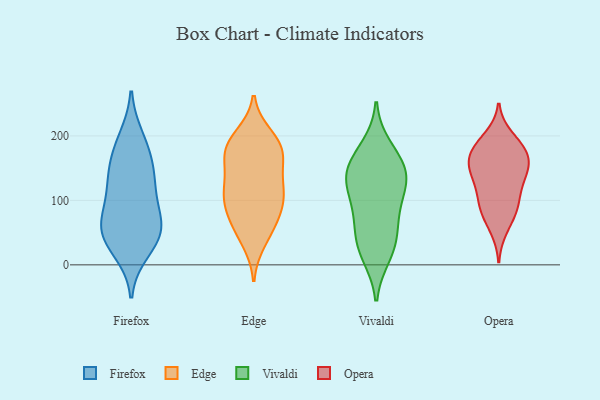
{"axis": {"x": "Temperature (°C)", "y": "Value"}, "legend": ["Edge", "Firefox", "Opera", "Vivaldi"], "data": [{"x": "", "y": 59, "type": "Firefox"}, {"x": "", "y": 22, "type": "Firefox"}, {"x": "", "y": 44, "type": "Firefox"}, {"x": "", "y": 181, "type": "Firefox"}, {"x": "", "y": 86, "type": "Firefox"}, {"x": "", "y": 43, "type": "Firefox"}, {"x": "", "y": 66, "type": "Firefox"}, {"x": "", "y": 138, "type": "Firefox"}, {"x": "", "y": 160, "type": "Firefox"}, {"x": "", "y": 120, "type": "Firefox"}, {"x": "", "y": 125, "type": "Firefox"}, {"x": "", "y": 54, "type": "Firefox"}, {"x": "", "y": 196, "type": "Firefox"}, {"x": "", "y": 153, "type": "Edge"}, {"x": "", "y": 188, "type": "Edge"}, {"x": "", "y": 56, "type": "Edge"}, {"x": "", "y": 200, "type": "Edge"}, {"x": "", "y": 59, "type": "Edge"}, {"x": "", "y": 100, "type": "Edge"}, {"x": "", "y": 37, "type": "Edge"}, {"x": "", "y": 170, "type": "Edge"}, {"x": "", "y": 97, "type": "Edge"}, {"x": "", "y": 115, "type": "Edge"}, {"x": "", "y": 128, "type": "Edge"}, {"x": "", "y": 174, "type": "Edge"}, {"x": "", "y": 79, "type": "Edge"}, {"x": "", "y": 181, "type": "Edge"}, {"x": "", "y": 184, "type": "Edge"}, {"x": "", "y": 99, "type": "Edge"}, {"x": "", "y": 124, "type": "Edge"}, {"x": "", "y": 132, "type": "Vivaldi"}, {"x": "", "y": 78, "type": "Vivaldi"}, {"x": "", "y": 161, "type": "Vivaldi"}, {"x": "", "y": 128, "type": "Vivaldi"}, {"x": "", "y": 126, "type": "Vivaldi"}, {"x": "", "y": 138, "type": "Vivaldi"}, {"x": "", "y": 15, "type": "Vivaldi"}, {"x": "", "y": 26, "type": "Vivaldi"}, {"x": "", "y": 158, "type": "Vivaldi"}, {"x": "", "y": 182, "type": "Vivaldi"}, {"x": "", "y": 60, "type": "Vivaldi"}, {"x": "", "y": 93, "type": "Vivaldi"}, {"x": "", "y": 35, "type": "Vivaldi"}, {"x": "", "y": 162, "type": "Opera"}, {"x": "", "y": 179, "type": "Opera"}, {"x": "", "y": 86, "type": "Opera"}, {"x": "", "y": 143, "type": "Opera"}, {"x": "", "y": 148, "type": "Opera"}, {"x": "", "y": 136, "type": "Opera"}, {"x": "", "y": 79, "type": "Opera"}, {"x": "", "y": 101, "type": "Opera"}, {"x": "", "y": 184, "type": "Opera"}, {"x": "", "y": 121, "type": "Opera"}, {"x": "", "y": 180, "type": "Opera"}, {"x": "", "y": 168, "type": "Opera"}, {"x": "", "y": 56, "type": "Opera"}, {"x": "", "y": 95, "type": "Opera"}, {"x": "", "y": 198, "type": "Opera"}, {"x": "", "y": 149, "type": "Opera"}]}